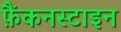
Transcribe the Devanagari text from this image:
फ़ैंकनस्टाइन